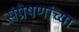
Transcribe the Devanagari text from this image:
संप्रेषणांच्या